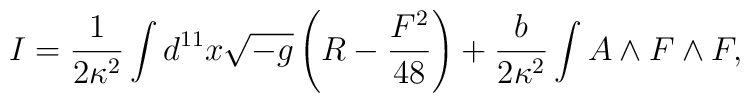
I=\frac{1}{2\kappa^2}\int d^{11}x \sqrt{-g}     \left(R-\frac{F^2}{48}\right)     +\frac{b}{2\kappa^2}\int A\land F\land F,